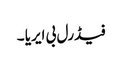
فیڈرل بی ایریا ۔